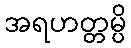
အရဟတ္တမ္ပိ